Annual statistical returns and brief notes on vaccination in Bengal - 1896-1909
Year: 1896
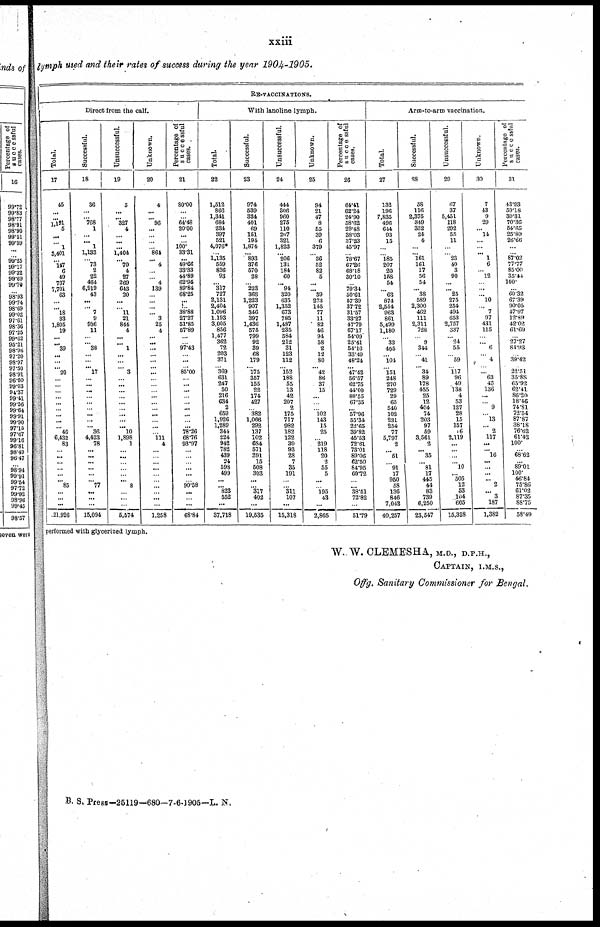
xxiii
lymph used and their rates of success during the year 1904-1905.
RE-VACCINATIONS.
Direct from the calf.
Total.
17
45
...
... 1,191
5
... ... 1
3,401
... 147
6
49
737
7,701
63
...
... 18
33
1,805
19
...
... 39
... ...
... 20
...
...
...
...
...
...
...
... ... 46
6,432
83
... ...
...
...
...
... 85
...
... ...
21,926
Successful.
18
36
...
... 768
1
...
... 1
1,133
... 73
2
22
464
6,919
43
...
... 7
9
936
11
... ... 38
...
...
... 17
...
...
...
...
...
...
...
...
... 36
4,423
78
... ...
... ...
...
... 77
...
... ...
15,094
Unsuccessful.
19
5
...
... 327
4
... ...
...
1,404
... 70
4
27
269
643
20
...
... 11
21
844
4
...
... 1
...
...
... 3
... ...
...
...
... ...
...
...
... 10
1,898
1
...
...
... ... ...
... 8
...
...
...
5,574
Unknown.
20
4
...
... 96
...
... ...
... 864
... 4
...
... 4
139
...
... ...
... 3
25
4
...
...
... ...
...
... ...
...
...
... ...
...
... ...
... ...
... 111 4
...
...
...
...
...
...
... ...
...
...
1,258
Percentage of
successful
cases.
21
80.00
...
... 64.48
20.00
...
... 100.
33.31
...
49.66
33.33
44.89
62.95
89.84
68.25
...
... 38.88
27.27
51.85
57.89
...
... 97.43
...
...
... 85.00
...
...
...
... ...
...
... ...
...
78.26
68.76
93.97
... ...
... ...
...
... 90.58
...
... ...
68.84
With lanoline lymph.
Total.
22
1,512
866
1,341
684
234
397
521
4,076*
... 1,135
559
836
93
... 317
727
2,131
2,404
1,096
1,193
3,005
856
1,477
362
72
203
371
... 369
631
247
50
216
634
2
659
1,926
1,289
344
224
942
782
439
24
598
499
...
... 823
552
...
37,718
Successful.
23
974
539
334
401
69
151
194
1,874
... 893
376
570
28
... 223
368
1,223
907
346
397
1,436
575
799
92
39
68
179
... 175
357
155
22
174
427
... 382
1,066
292
137
102
684
571
391
15
508
303
...
... 317
402
...
19,535
Unsuccessful.
24
444
306
960
275
110
207
321
1,823
... 206
131
184
60
... 94
320
635
1,352
673
785
1,487
235
584
212
31
123
112
... 152
188
55
13
42
207
2
175
717
982
182
122
39
93
28
7
35
191
...
... 311
107
...
15,318
Unknown.
25
94
21
47
8
55
39
6
379
... 36
52
82
5
... ... 39
273
145
77
11
82
46
94
58
2
12
80
... 42
86
37
15
...
...
... 102
143
15
25
... 219
118
20
3
55
5
...
... 195
43
...
2,865
Percentage of
successful
cases.
26
64.41
62.24
24.90
58.62
29.48
38.03
37.23
45.97
... 78.67
67.26
68.18
30.10
... 70.34
50.61
57.39
37.72
31.57
33.27
47.79
67.17
54.09
25.41
54.16
33.49
48.24
... 47.42
56.57
62.75
44.00
80.55
67.35
... 57.96
55.34
22.65
39.82
45.53
72.61
73.01
89.06
62.50
84.95
60.72
...
... 38.51
72.82
...
51.79
Arm-to-arm vaccination.
Total.
27
132
196
7,835
496
644
93
15
...
... 185
207
20
158
54
... 63
874
2,554
963
861
5,499
1,180
... 33
405
... 104
... 151
248
270
729
29
65
540
102
231
254
77
5,797
2
... 51
... 91
17
950
58
136
846
7,042
40,257
Successful.
28
58
116
2,375
349
352
24
4
...
... 161 161
17
56
54
... 38
589
2,300
462
111
2,311
728
... 9
344
... 41
... 34
89
178
455
25
12
404
74
203
97
59
3,561
2
... 35
... 81
17
445
44
83
739
6,250
23,547
Unsuccessful.
29
67
37
5,451
118
292
55
11
...
... 23
40
3
90
...
... 25
275
254
491
653
2,757
337
... 24
55
... 59
... 117 96
49
138
4
53
127
28
15
157
16
2,119
...
...
...
... 10
... 505
12
53
104
605
15,328
Unknown.
30
7
43
9
29
... 14
...
...
... 1
6
... 12
... ...
... 10
... 7
97
431
115
... ... 6
... 4
... ... 63
43
136
...
... 9
... 13
... 2
117
...
... 16
... ...
...
... 2
... 3
187
1,382
Percentage of
successful
cases.
31
43.93
59.18
30.31
70.36
54.65
25.80
26.66
...
... 87.02
77.77
85.00
35.44
100.
... 60.32
67.39
90.05
47.97
12.89
42.02
61.69
... 27.27
84.93
... 39.42
... 22.51
35.88
65.92
62.41
86.20
18.46
74.81
72.54
87.87
38.18
76.62
61.42
100.
...
68.62
...
89.01
100.
46.84
75.86
61.02
87.35
88.75
58.49
performed with glycerized lymph.
W. W. CLEMESHA, M.D., D.P.H.,
CAPTAIN, I.M.S.,
Offg. Sanitary Commissioner for Bengal.
B. S. Press-25119— 680—7-6-1905—L. N.